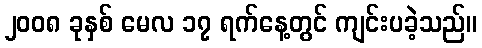
၂၀၀၈ ခုနှစ် မေလ ၁၇ ရက်နေ့တွင် ကျင်းပခဲ့သည်။